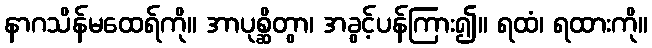
နာဂသိန်မထေရ်ကို။ အာပုစ္ဆိတွာ၊ အခွင့်ပန်ကြား၍။ ရထံ၊ ရထားကို။